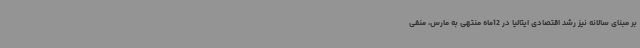
بر مبنای سالانه نیز رشد اقتصادی ایتالیا در 12ماه منتهی به مارس، منفی